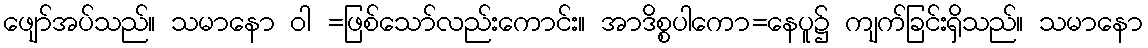
ဖျော်အပ်သည်။ သမာနော ဝါ =ဖြစ်သော်လည်းကောင်း။ အာဒိစ္စပါကော=နေပူ၌ ကျက်ခြင်းရှိသည်။ သမာနော